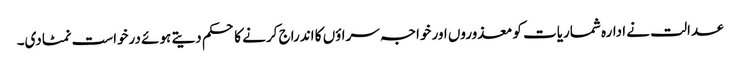
عدالت نے ادارہ شماریات کو معذوروں اور خواجہ سراؤں کا اندراج کرنے کا حکم دیتے ہوئے درخواست نمٹادی۔